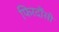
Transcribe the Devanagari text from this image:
फिरदौंसी